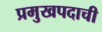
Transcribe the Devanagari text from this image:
प्रमुखपदाची